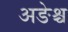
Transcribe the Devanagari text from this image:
अङेश्च